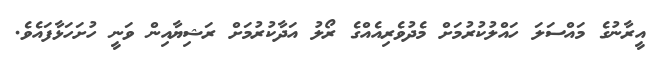
އީރާނުގެ މައްސަލަ ހައްލުކުރުމަށް މެދުވެރިއެއްގެ ރޯލު އަދާކުރުމަށް ރަޝިޔާއިން ވަނީ ހުށަހަޅާފައެވެ.